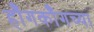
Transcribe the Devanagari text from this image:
हॉँगकॉँगच्या